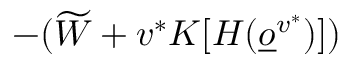
- ( \widetilde W + v ^ { * } K [ H ( \underline { o } ^ { v ^ { * } } ) ] )